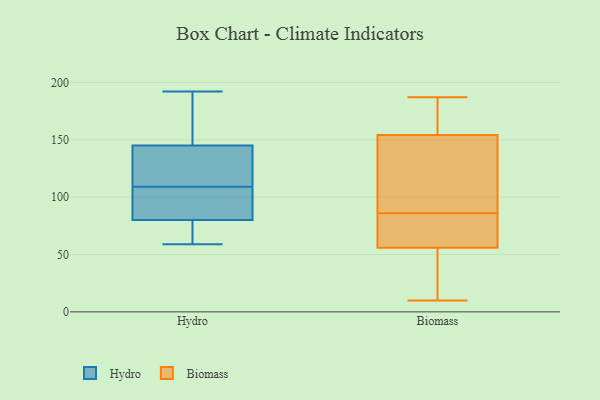
{"axis": {"x": "Budget (USD K)", "y": "Value"}, "legend": ["Biomass", "Hydro"], "data": [{"x": "", "y": 115, "type": "Hydro"}, {"x": "", "y": 59, "type": "Hydro"}, {"x": "", "y": 80, "type": "Hydro"}, {"x": "", "y": 73, "type": "Hydro"}, {"x": "", "y": 145, "type": "Hydro"}, {"x": "", "y": 91, "type": "Hydro"}, {"x": "", "y": 192, "type": "Hydro"}, {"x": "", "y": 118, "type": "Hydro"}, {"x": "", "y": 103, "type": "Hydro"}, {"x": "", "y": 183, "type": "Hydro"}, {"x": "", "y": 74, "type": "Biomass"}, {"x": "", "y": 10, "type": "Biomass"}, {"x": "", "y": 59, "type": "Biomass"}, {"x": "", "y": 60, "type": "Biomass"}, {"x": "", "y": 86, "type": "Biomass"}, {"x": "", "y": 144, "type": "Biomass"}, {"x": "", "y": 154, "type": "Biomass"}, {"x": "", "y": 187, "type": "Biomass"}, {"x": "", "y": 176, "type": "Biomass"}, {"x": "", "y": 173, "type": "Biomass"}, {"x": "", "y": 40, "type": "Biomass"}, {"x": "", "y": 121, "type": "Biomass"}, {"x": "", "y": 155, "type": "Biomass"}, {"x": "", "y": 61, "type": "Biomass"}, {"x": "", "y": 98, "type": "Biomass"}, {"x": "", "y": 47, "type": "Biomass"}, {"x": "", "y": 25, "type": "Biomass"}]}